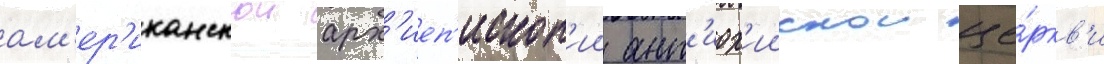
ам'ер'иканскои арх'иеп'ископ'ии ант'иох'иискои це́ркв'и